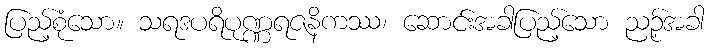
ပြည့်စုံသော။ သရဒပရိပုဏ္ဏရဇနိကဿ၊ ဆောင်းအခါပြည့်သော ညဉ့်အခါ